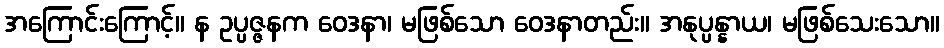
အကြောင်းကြောင့်။ န ဥပ္ပဇ္ဇနက ဝေဒနာ၊ မဖြစ်သော ဝေဒနာတည်း။ အနုပ္ပန္နာယ၊ မဖြစ်သေးသော။